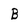
Character: B